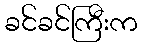
ခင်ခင်ကြီးက